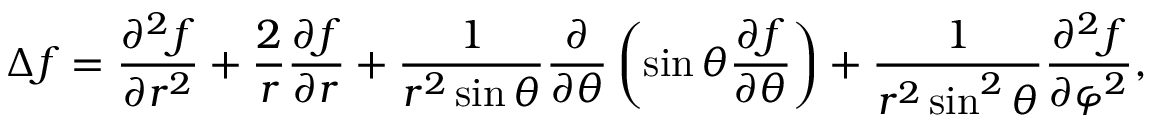
\Delta f = { \frac { \partial ^ { 2 } f } { \partial r ^ { 2 } } } + { \frac { 2 } { r } } { \frac { \partial f } { \partial r } } + { \frac { 1 } { r ^ { 2 } \sin \theta } } { \frac { \partial } { \partial \theta } } \left( \sin \theta { \frac { \partial f } { \partial \theta } } \right) + { \frac { 1 } { r ^ { 2 } \sin ^ { 2 } \theta } } { \frac { \partial ^ { 2 } f } { \partial \varphi ^ { 2 } } } ,